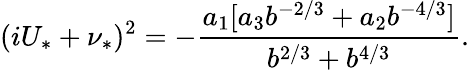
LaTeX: (iU_{*}+\nu_{*})^{2}=-\frac{a_{1}[a_{3}b^{-2/3}+a_{2}b^{-4/3}]}{b^{2/3}+b^{4/3}}.